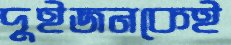
দুইজনকেই